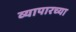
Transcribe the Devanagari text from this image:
व्यापारच्या